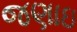
જણાઇ